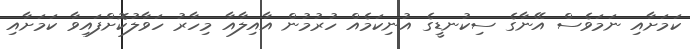
ކަމަށާއި ނަމަވެސް އޭނާގެ ސިކުނޑީގެ އުނިކަމެއް ހުރުމުން އާއިލާއާ މިހާރު ހަވާލުކޮށްފައިވާ ކަމަށާއި